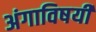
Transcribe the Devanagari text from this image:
अंगाविषयी